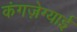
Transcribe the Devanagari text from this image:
कंगज़ेग्याई